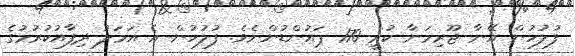
ފުލުހުން އޭނާ ޖޫރިމަނާ ކުރީ 170 ޕައުންޑުންނެވެ. ފުލުހުން އެ އަމަލު ދިފާއުކުރުމުގެ